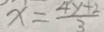
x = \frac { 4 y + 2 } { 3 }